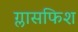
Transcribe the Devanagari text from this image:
ग्लासफिश